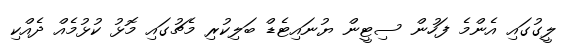
ލީގުގައި އެންމެ ފަހުން ސިޓީން ޔުނައިޓެޑް ބަލިކުރި މެޗުގައި މޮޅު ކުޅުމެއް ދެއްކި